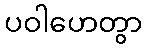
ပဝါဟေတွာ